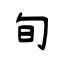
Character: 旬